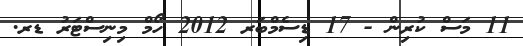
11 މަސް ކުރިން - 17 ޑިސެމްބަރ 2012 ހޯމް މިނިސްޓަރު ޑރ.